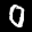
Label: 0